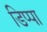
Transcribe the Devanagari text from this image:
डिप्पा